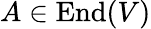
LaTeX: A\in\operatorname{End}(V)